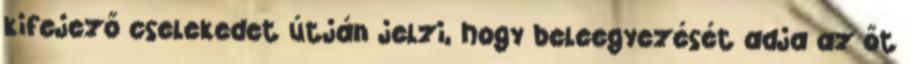
kifejező cselekedet útján jelzi, hogy beleegyezését adja az őt